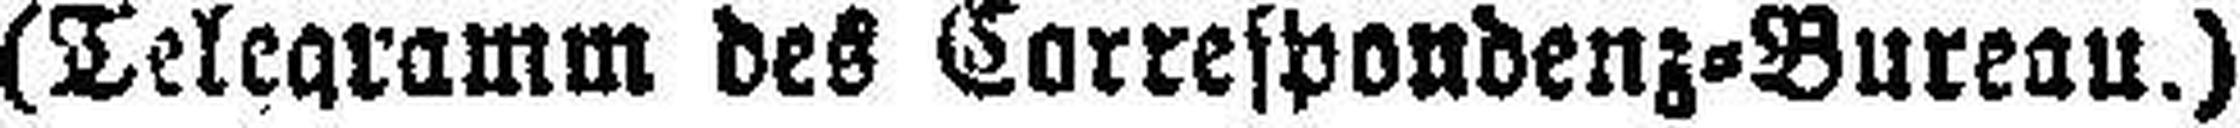
(Telegramm des Correspondenz=Bureau.)